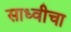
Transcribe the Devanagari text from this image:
साध्वीचा